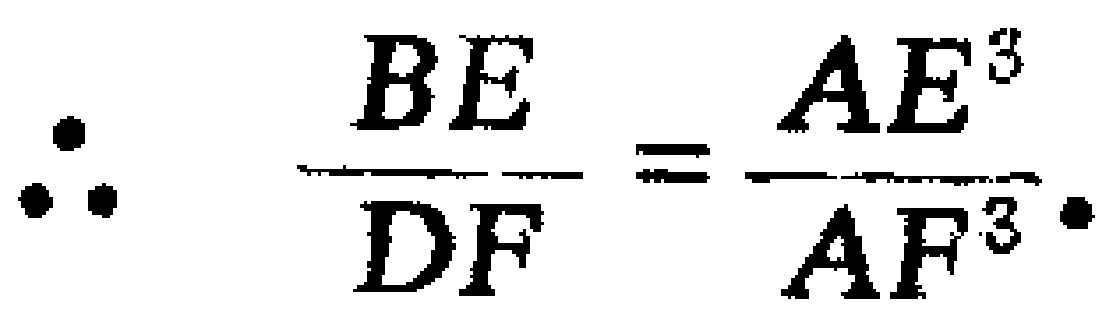
\(\therefore\quad \frac{BE}{DF}=\frac{AE^{3}}{AF^{3}}.\)